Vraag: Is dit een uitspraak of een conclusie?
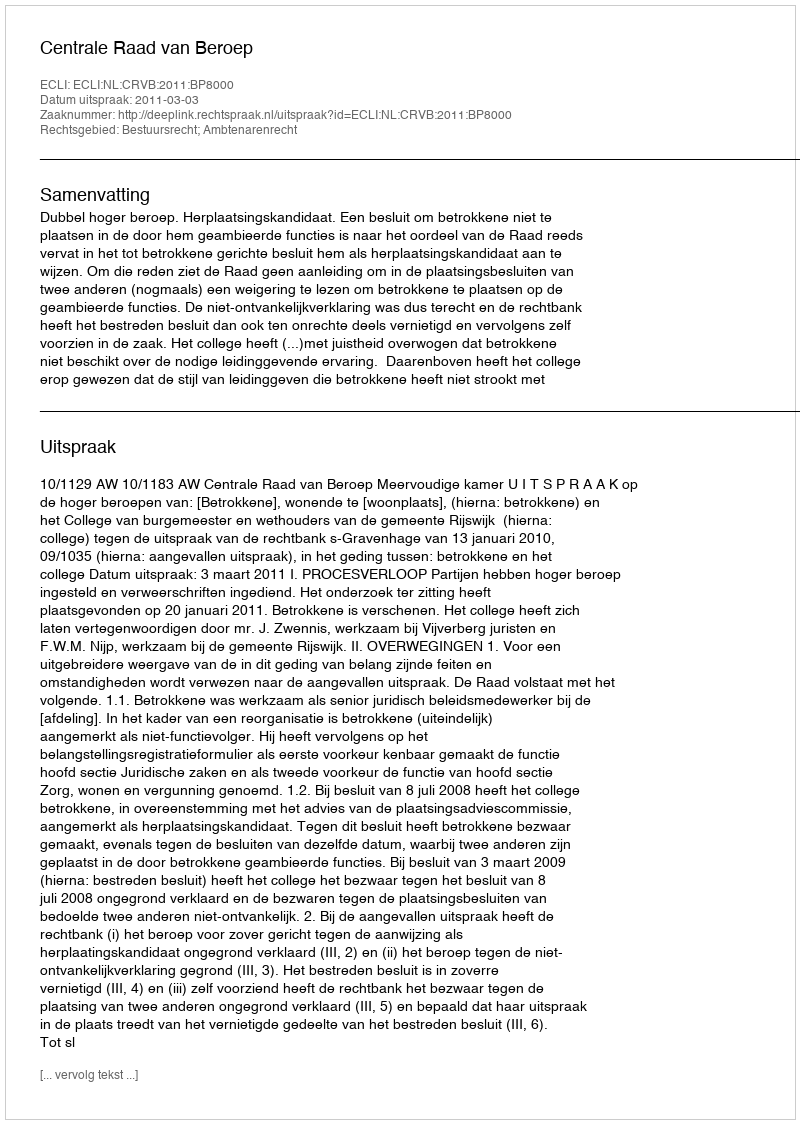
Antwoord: Uitspraak